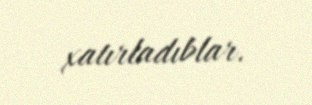
xatırladıblar.